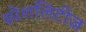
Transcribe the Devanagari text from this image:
स्पेशलिटीज़